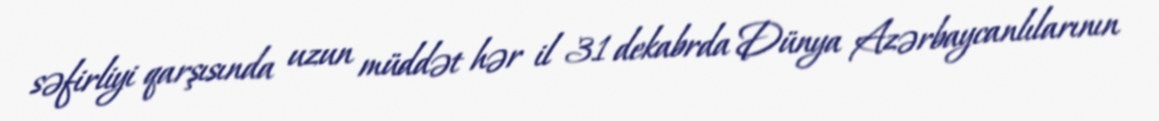
səfirliyi qarşısında uzun müddət hər il 31 dekabrda Dünya Azərbaycanlılarının